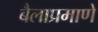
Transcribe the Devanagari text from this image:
बैलाप्रमाणे